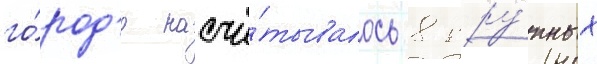
го́род'е насчи́тывалось 8 кру́пных